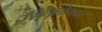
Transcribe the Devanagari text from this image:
पितृलोकात